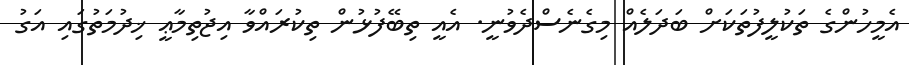
އެމީހުންގެ ތަކުލީފުތަކަށް ބަދަލެއް މިގެނެސްދެވުނީ. އެއީ ތިބޭފުޅުން ތިކުރައްވާ އިޖުތިމާޢީ ޚިދުމަތުގައި އަގު